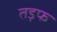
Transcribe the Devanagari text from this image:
तड़फ